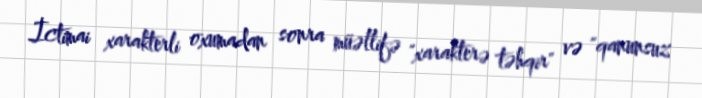
İctimai xarakterli oxumadan sonra müəllifə "xarakterə təhqir" və "qanunsuz